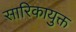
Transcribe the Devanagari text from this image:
सारिकायुक्त